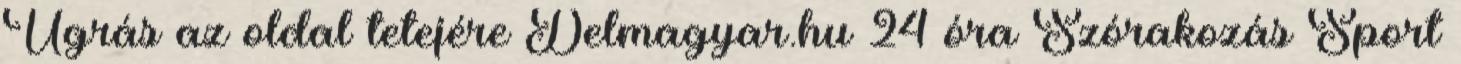
Ugrás az oldal tetejére Delmagyar.hu 24 óra Szórakozás Sport